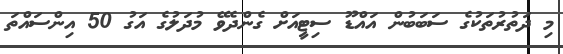
މި ދަތުރުތަކުގެ ސަބަބުން އައްޑޫ ސިޓީއަށް ގެންދެވޭ މުދަލުގެ އަގު 50 އިންސައްތަ